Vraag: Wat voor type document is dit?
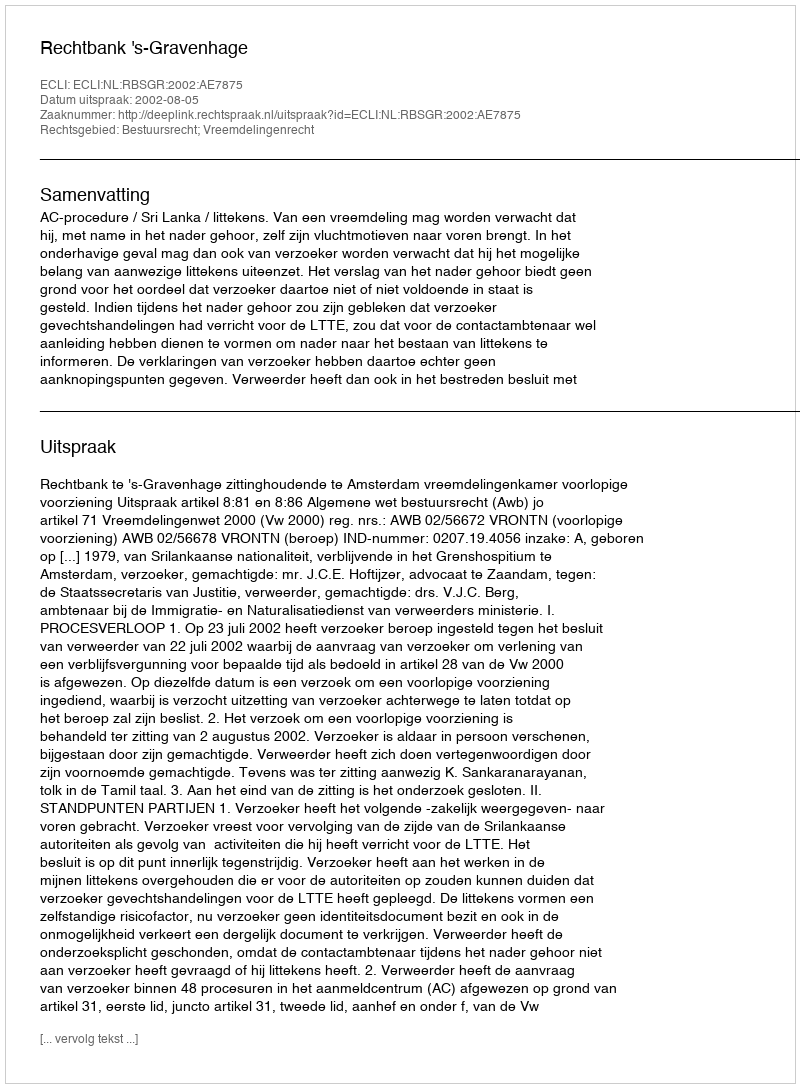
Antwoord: Uitspraak